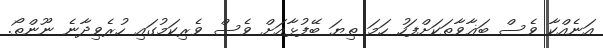
އަނެއްކާ ވެސް ބަޣާވާތަކަށްފަހު ހަމަ ތިޔަ ބޭފުޅާއަށް ވެސް ވެރިކަމުގައި ހުރެވިދާނެ ނޫންތޯ.